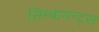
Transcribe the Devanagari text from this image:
सिम्बायन्ट्स